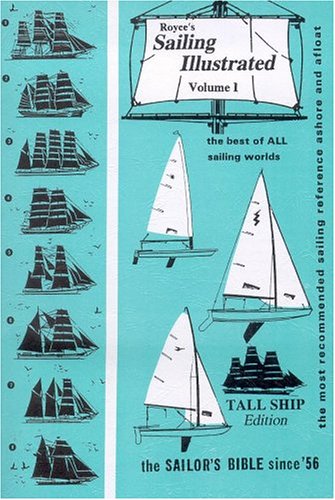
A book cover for Royce's Sailing Illustrated, Vol. 1: Tall Ship Edition; Patrick M. Royce; Arts & Photography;